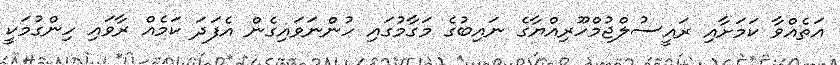
އަތެއްވާ ކަމަށާއި ރައީސުލްޖުމްހޫރިއްޔާގެ ނައިބުގެ މަގާމުގައި ހުންނަވައިގެން އެފަދަ ކަމެއް ރާވައި ހިންގުމަކީ